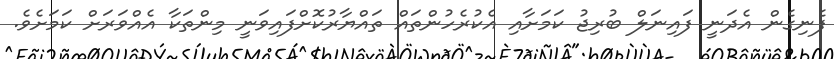
ފެނިގެން އެދަނީ ފައިނަލް ބުރިޖު ކަމަށާއި އެކުރެހުންތައް ތައްޔާރުކޮށްފައިވަނީ މިންތަކާ އެއްވަރަށް ކަމަށެވެ.